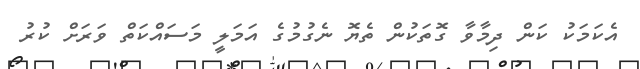
އެކަމަކު ކަން ދިމާވާ ގޮތަކުން ތެޔޮ ނެގުމުގެ އަމަލީ މަސައްކަތް ވަރަށް ކުރު